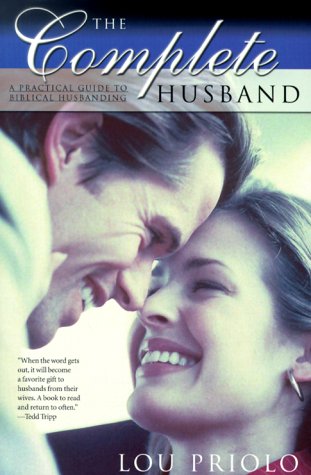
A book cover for The Complete Husband: A Practical Guide to Biblical Husbanding; Lou Priolo; Christian Books & Bibles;